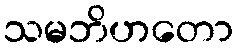
သမဘိဟတော